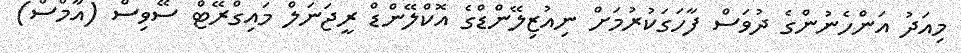
މިއަދު އަންހެނުންގެ ދުވަސް ފާހަގަކުރުމަށް ނިއުޒިލޭންޑްގެ އޮކްލޭންޑް ރީޖަނަލް މައިގްރޭޓް ސޭވިސް (އާމްސް)